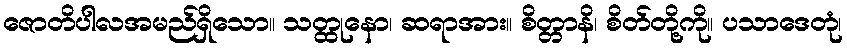
ဇောတိပါလအမည်ရှိသော။ သတ္ထုနော၊ ဆရာအား။ စိတ္တာနိ၊ စိတ်တို့ကို။ ပသာဒေတုံ၊